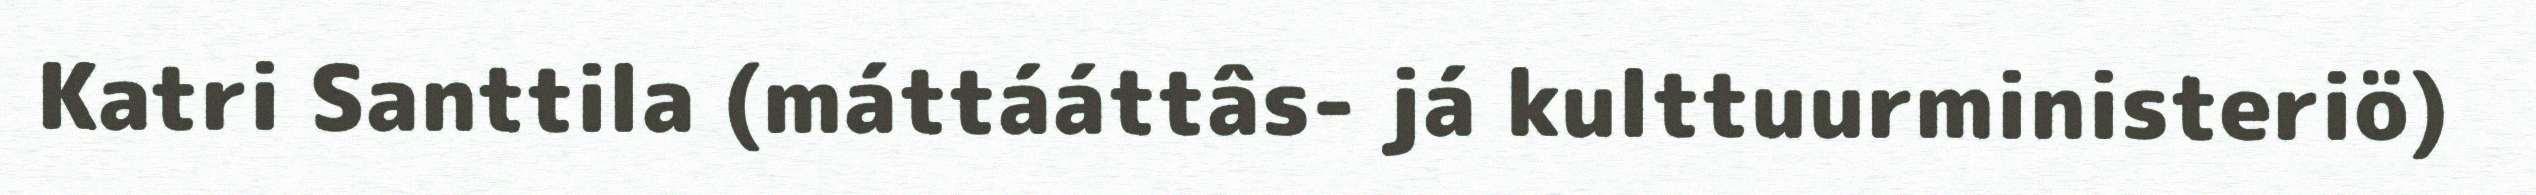
Katri Santtila (máttááttâs- já kulttuurministeriö)